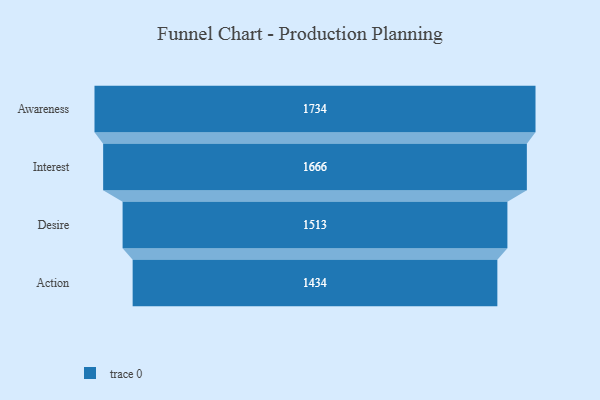
{"axis": {"x": "Stage", "y": "Value"}, "legend": [""], "data": [{"x": "Awareness", "y": 1734.0, "type": ""}, {"x": "Interest", "y": 1666.0, "type": ""}, {"x": "Desire", "y": 1513.0, "type": ""}, {"x": "Action", "y": 1434.0, "type": ""}]}